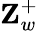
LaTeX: \textbf{Z}_{w}^{+}